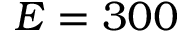
E = 3 0 0